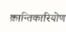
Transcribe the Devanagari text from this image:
क्रान्तिकारियोण